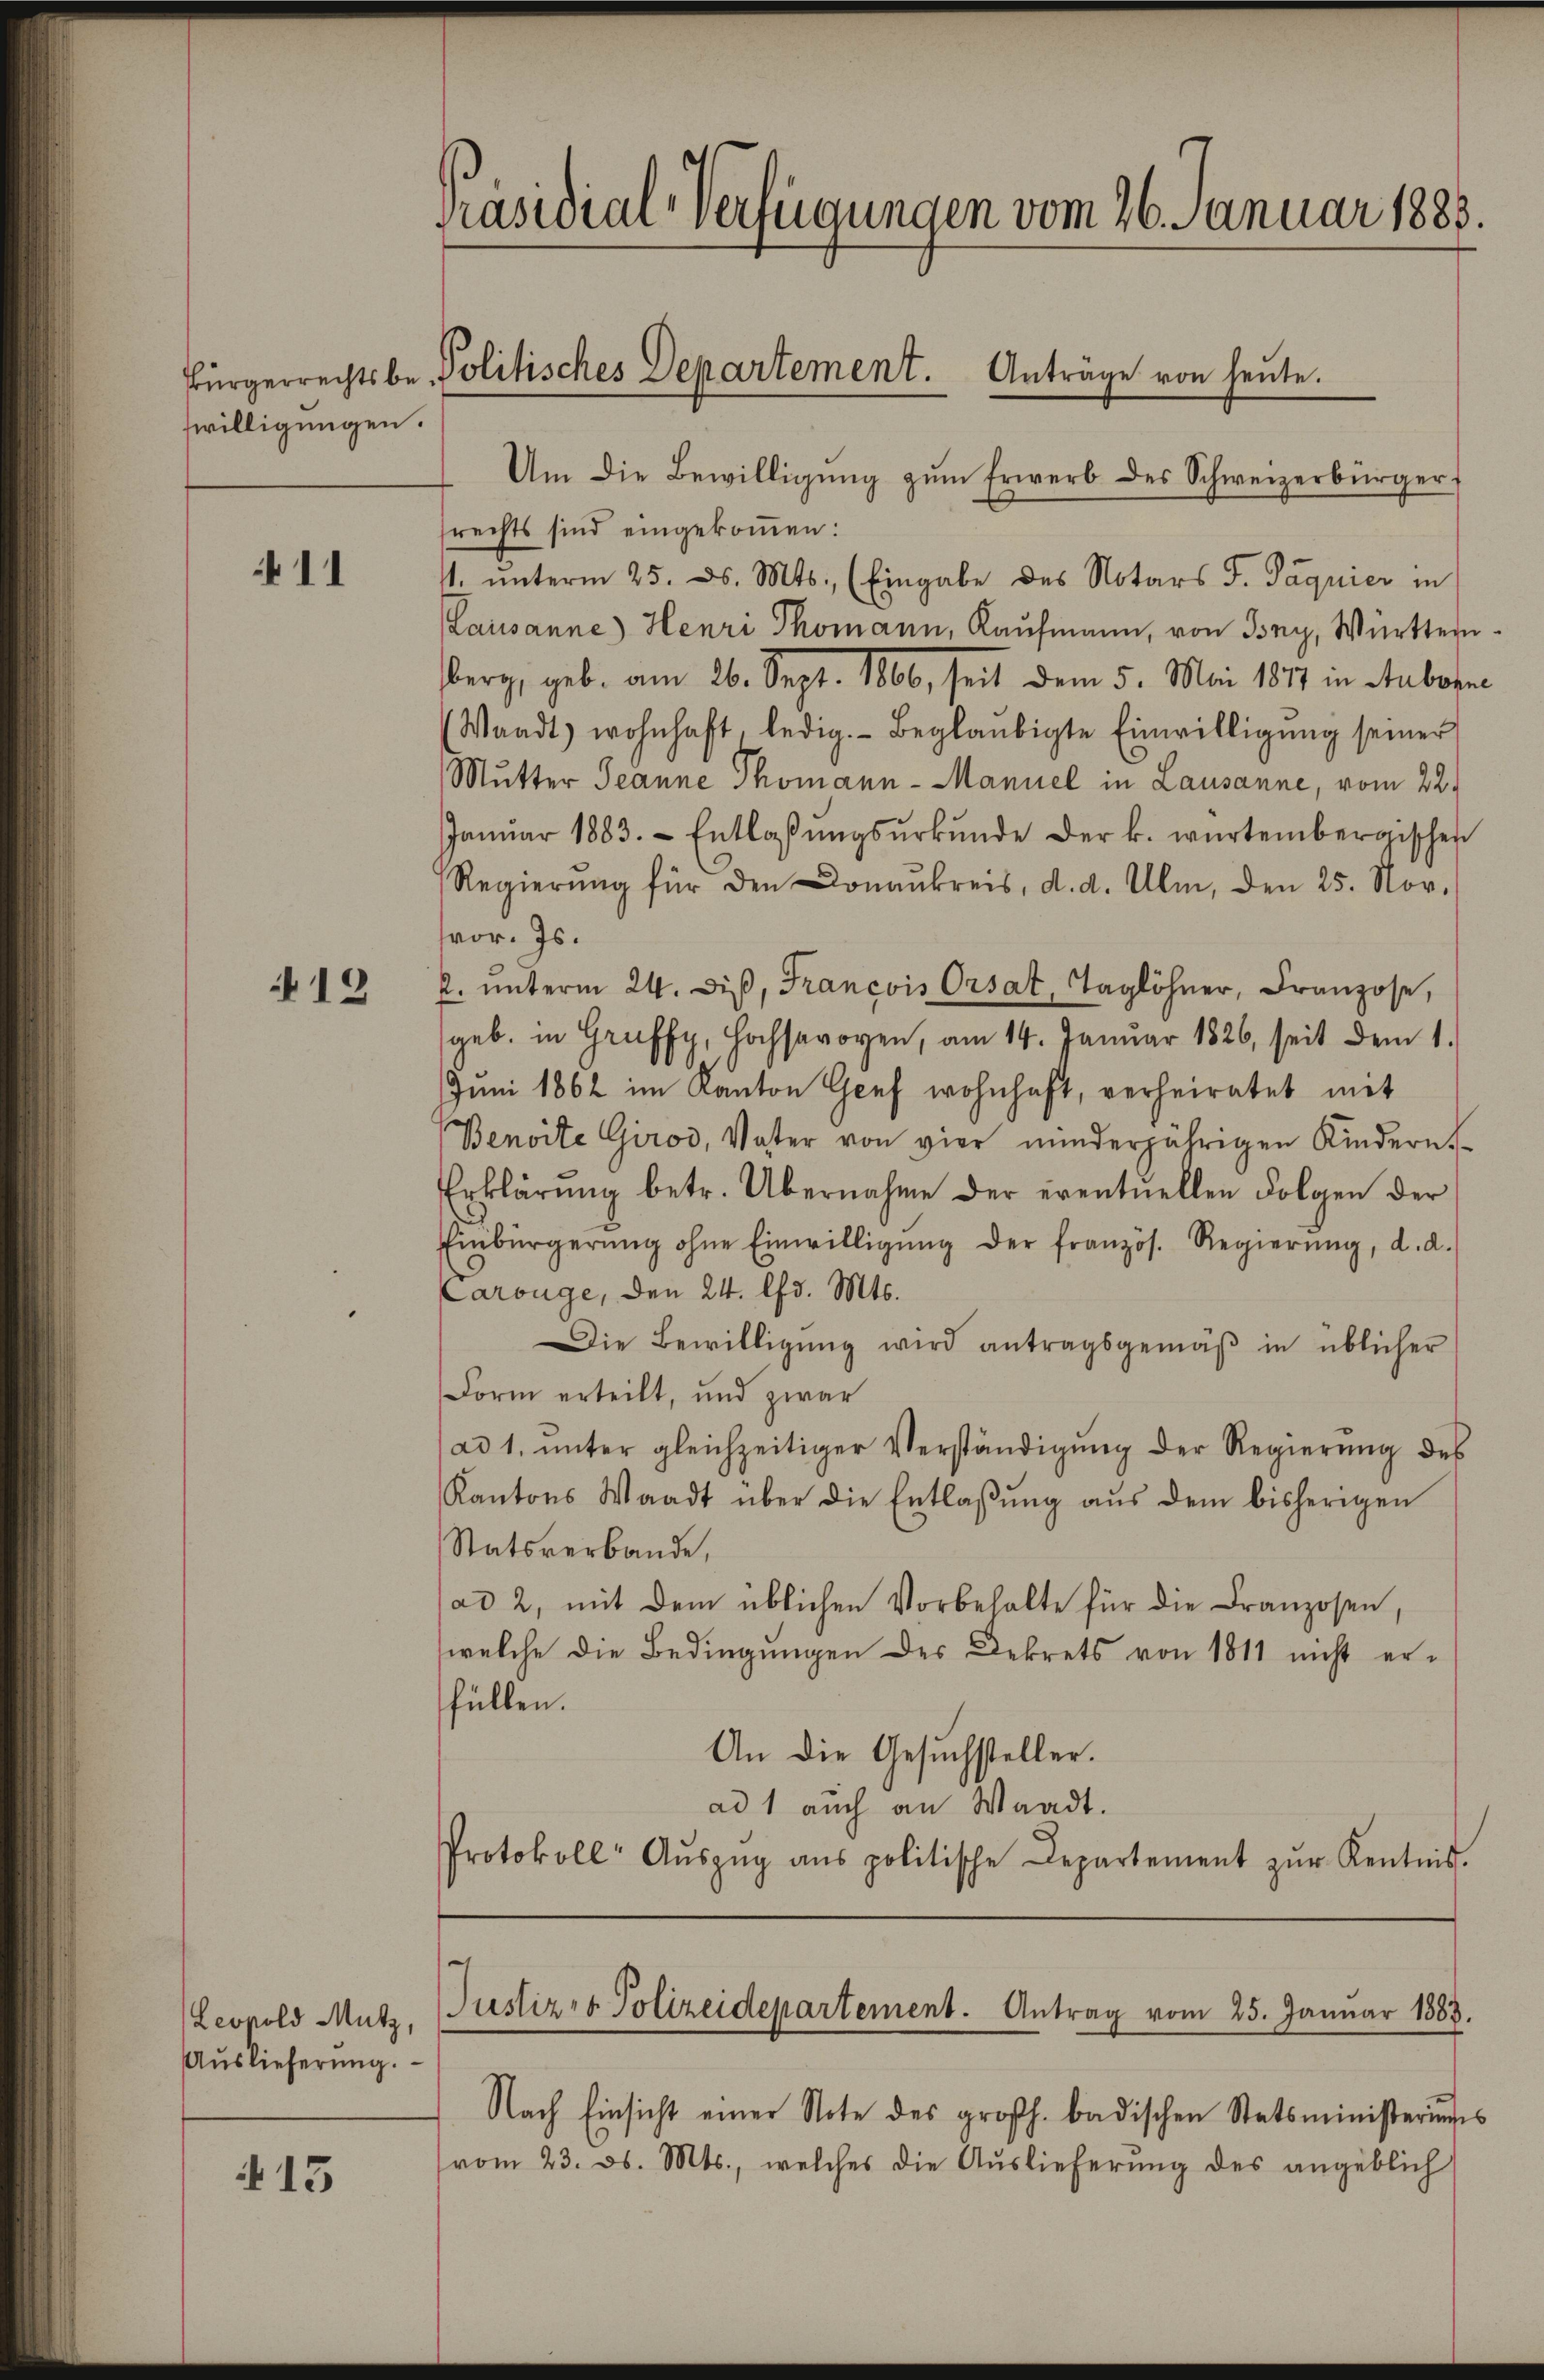
willigungen.

11

19

Leopold Mutz,
Auslieferung.

13

Präsidial-Verfügungen vom 26. Januar 1883.
Bürgerrechtsbe- Politisches Departement. Anträge von heute.

srechts sind eingekommen:
1. unterm 25. ds. Mts., (Eingabe des Notars F. Paquier in
Lausanne) Henri Thomann, Kaufmann, von Bony, Württern.
berg, geb. am 26. Sept. 1800, seit dem 5. Mai 1877 in Anborne
(Waadt, wohnhaft, ledig. Beglaubigte Einwilligŭng seiner
Mutter Jeanne Thomann-Manuel in Lausanne, vom 22.
Janŭar 1883. Entlaβŭngsŭrkŭnde der k. würtembergischen
Regierung für den Donaukreis, d. d. Ulm, den 25. Nov.
vor. Js.
R. ŭnterm 24. diβ, Francois Orsat, Taglöhner, Franzose,
geb. in Gruffy, Hochsavoyen, am 14. Januar 1826, seit dem 1.
Juni 1862 im Kanton Genf wohnhaft, verheiratet mit
Benoite Girod, Vater von vier minderjährigen Kindern
Erklärŭng betr. Übernahme der eventuellen Folgen der
Einbürgerŭng ohne Einwilligŭng der französ. Regierŭng, d. d.
Carouge, den 24. lfd. Mts.
Die Bewilligŭng wird antragsgemäβ in üblicher
Form erteilt, und zwar
(ad 1. unter gleichzeitiger Verständigŭng der Regierŭng des
Kantons Waadt über die Entlaβŭng aŭs dem bisherigen
Statsverbande,
ad 2, mit dem üblichen Vorbehalte für die Franzosen,
welche die Bedingungen des Dekrets von 1811 nicht erfüllen.
An die Gesuchsteller.
ad 1 auch an Waadt.
Protokoll- Aŭszŭg ans politische Departement zŭr Kentnis.

Um die Bewilligŭng zŭm Erwerb des Schweizerbürger

.
Justiz & Polizeidepartement. Antrag vom 25. Januar 1883.

Nach Einsicht einer Note des großh. badischen Statsministerungs
(vom 23. ds. Mts., welches die Auslieferung des angeblich